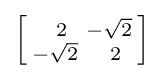
\left[{\begin{smallmatrix}\ \,2&-{\sqrt {2}}\\-{\sqrt {2}}&\ \,2\end{smallmatrix}}\right]